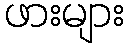
ဖားများ